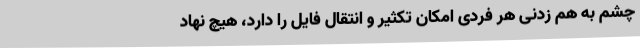
چشم به هم زدنی هر فردی امکان تکثیر و انتقال فایل را دارد، هیچ نهاد